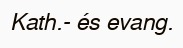
Kath.- és evang.